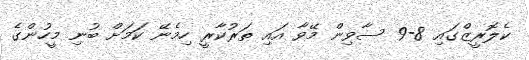
ކެލޮރީޒްގައި 8-9 ސާވިން މޭވާ އައި ތަރުކާރީ ހިމެނޭ ކަމަށް ބުނި މީހުންގެ